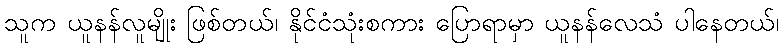
သူက ယူနန်လူမျိုး ဖြစ်တယ်၊ နိုင်ငံသုံးစကား ပြောရာမှာ ယူနန်လေသံ ပါနေတယ်၊